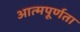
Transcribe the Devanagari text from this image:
आत्मपूर्णता